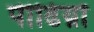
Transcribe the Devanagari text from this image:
पीढिय़ों